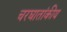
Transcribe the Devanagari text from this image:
चरघातांकीय